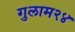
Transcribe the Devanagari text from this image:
गुलाम२४